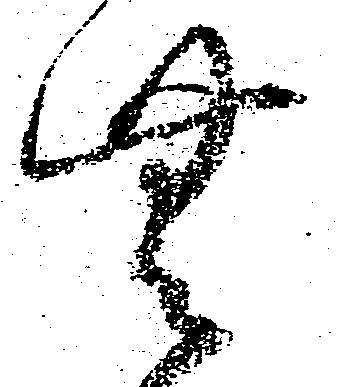
無